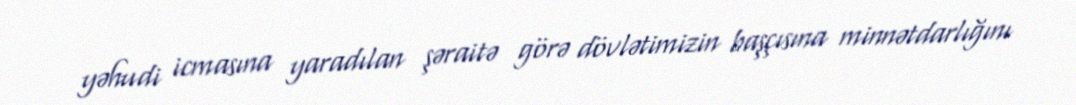
yəhudi icmasına yaradılan şəraitə görə dövlətimizin başçısına minnətdarlığını